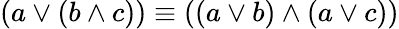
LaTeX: (a\lor(b\land c))\equiv((a\lor b)\land(a\lor c))